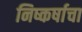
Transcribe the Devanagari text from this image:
निष्कर्षाचा